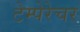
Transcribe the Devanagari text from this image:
टेम्पेरेचर